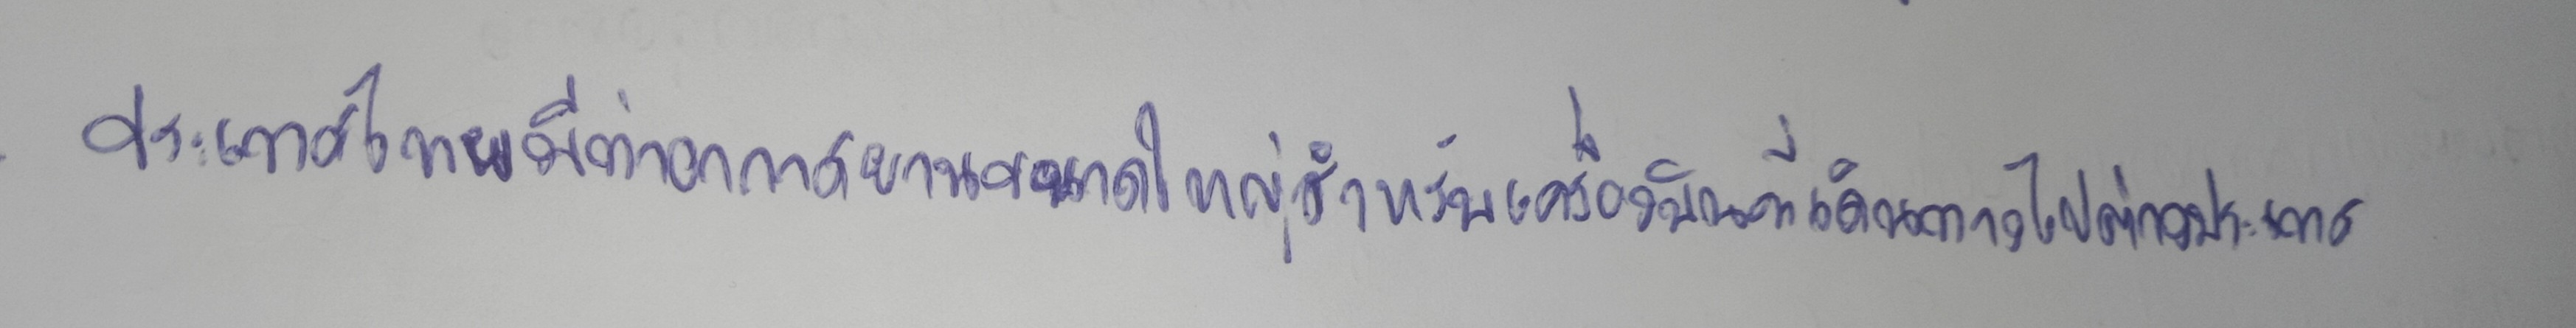
ประเทศไทยมีท่าอากาศยานขนาดใหญ่สำหรับเครื่องบินที่เดินทางไปต่างประเทศ